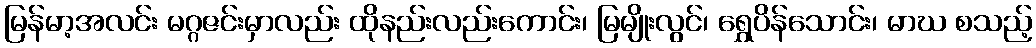
မြန်မာ့အလင်း မဂ္ဂဇင်းမှာလည်း ထိုနည်းလည်းကောင်း၊ မြမျိုးလွင်၊ ရွှေပိန်သောင်း၊ မာဃ စသည့်